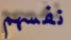
نفسهم